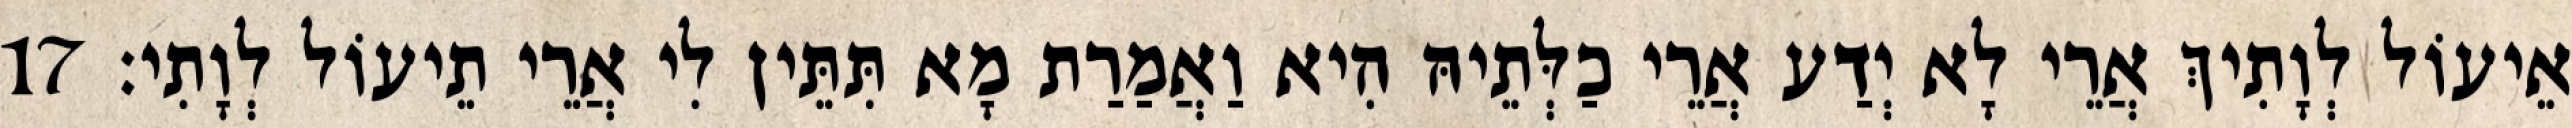
אֵיעוֹל לְוָתִיךְ אֲרֵי לָא יְדַע אֲרֵי כַלְּתֵיהּ הִיא וַאֲמַרַת מָא תִּתֵּין לִי אֲרֵי תֵיעוֹל לְוָתִי׃ 17